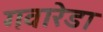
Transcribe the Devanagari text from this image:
गवारेडा